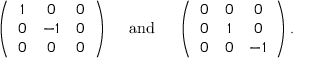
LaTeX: \left( \begin{array} { c c c } { { 1 } } & { { 0 } } & { { 0 } } \\ { { 0 } } & { { - 1 } } & { { 0 } } \\ { { 0 } } & { { 0 } } & { { 0 } } \end{array} \right) \quad \mathrm { ~ a n d ~ } \quad \left( \begin{array} { c c c } { { 0 } } & { { 0 } } & { { 0 } } \\ { { 0 } } & { { 1 } } & { { 0 } } \\ { { 0 } } & { { 0 } } & { { - 1 } } \end{array} \right) .